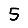
Digit: 5